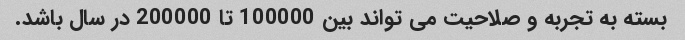
بسته به تجربه و صلاحیت می تواند بین 100000 تا 200000 در سال باشد.